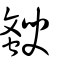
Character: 斔